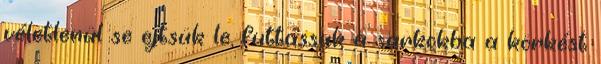
véletlenül se ejtsük le, futtassuk a sarkokba a körkést